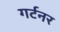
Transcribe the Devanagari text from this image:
गर्टनर